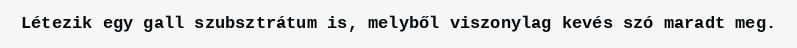
Létezik egy gall szubsztrátum is, melyből viszonylag kevés szó maradt meg.